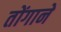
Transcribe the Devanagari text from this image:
तोंगाने